Report on the working of the Ranchi Indian Mental Hospital, Kanke, in Bihar and Orissa - 1930-1940
Year: 1930
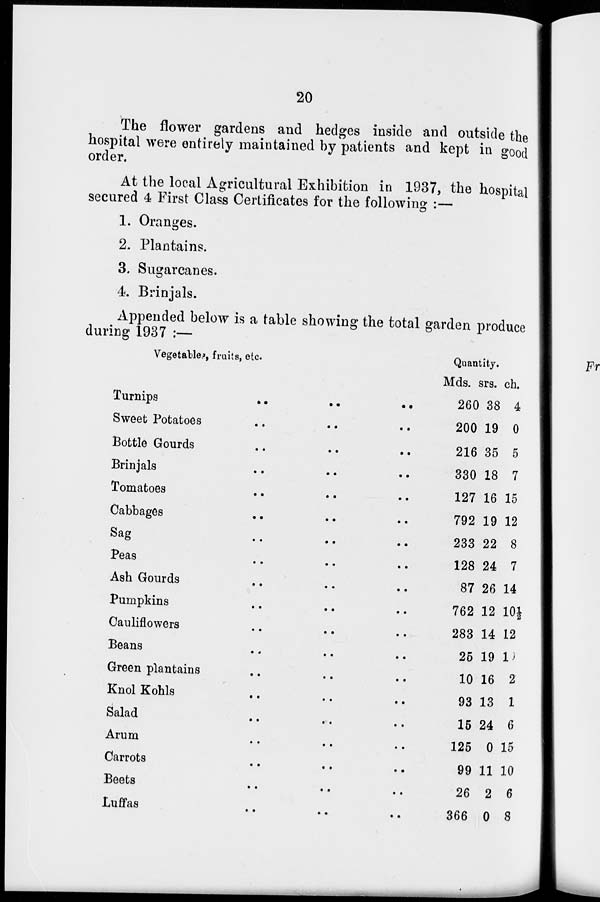
20
The flower gardens and hedges inside and outside the
hospital were entirely maintained by patients and kept in good
order.
At the local Agricultural Exhibition in 1937, the hospital
secured 4 First Class Certificates for the following :—
1. Oranges.
2. Plantains.
3. Sugarcanes.
4. Brinjals.
Appended below is a table showing the total garden produce
during 1937 :—
Vegetables, fruits, etc.
Turnips .. .. ..
Sweet Potatoes .. .. ..
Bottle Gourds .. .. ..
Brinjals .. .. ..
Tomatoes .. .. ..
Cabbages .. .. ..
Sag .. .. ..
Peas .. .. ..
Ash Gourds .. .. ..
Pumpkins .. .. ..
Cauliflowers .. .. ..
Beans .. .. ..
Green plantains .. .. ..
Knol Kohls .. .. ..
Salad .. .. ..
Arum .. .. ..
Carrots .. .. ..
Beets .. .. ..
Luffas .. .. ..
Quantity.
Mds.
260
200
216
330
127
792
233
128
87
762
283
25
10
93
15
125
99
26
366
srs.
38
19
35
18
16
19
22
24
26
12
14
19
16
13
24
0
11
2
0
ch.
4
0
5
7
15
12
8
7
14
10½
12
10
2
1
6
15
10
6
8